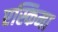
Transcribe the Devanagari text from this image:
एस्किमा